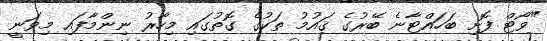
"ވޯޓް ފޮށި ބަހައްޓާނެ ބޭރުގެ ޤައުމު ތަކުގެ ގޮތުގައި މިހާރު ނިންމާފައި މިވަނީ